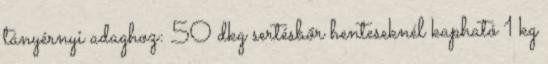
tányérnyi adaghoz: 50 dkg sertésbőr henteseknél kapható 1 kg